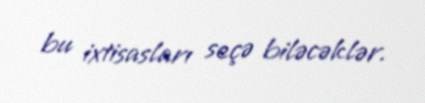
bu ixtisasları seçə biləcəklər.